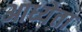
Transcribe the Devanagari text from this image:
आध्येता